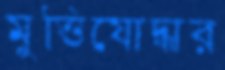
মুত্তিযোদ্ধার